Indian journal of veterinary science and animal husbandry - Volumes 18-21, 1948-1951
Year: 1948
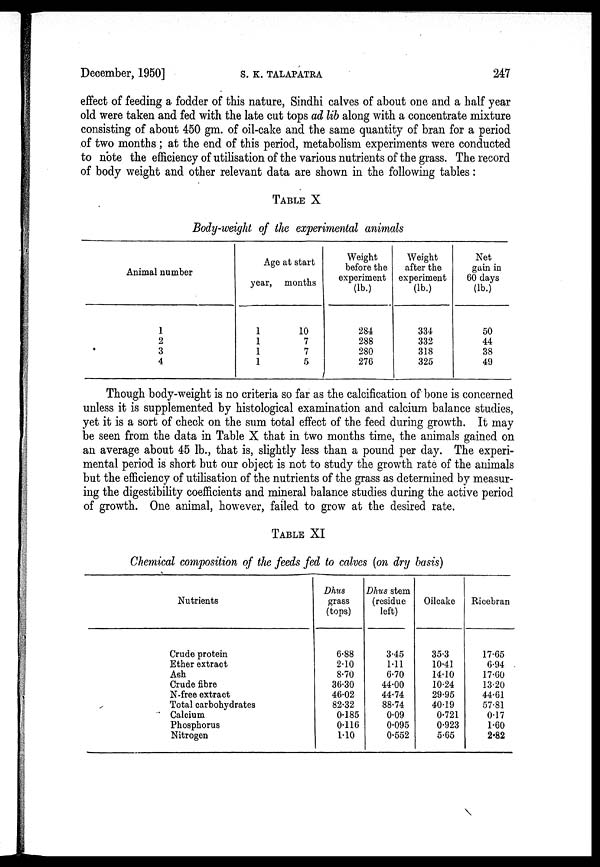
December, 1950]
S.
K.
TALAPATRA
247
effect of feeding a fodder of this nature, Sindhi calves of about one and a half year
old were taken and fed with the late cut tops ad lib along with a concentrate mixture
consisting of about 450 gm. of oil-cake and the same quantity of bran for a period
of two months ; at the end of this period, metabolism experiments were conducted
to note the efficiency of utilisation of the various nutrients of the grass. The record
of body weight and other relevant data are shown in the following tables :
TABLE X
Body-weight of the experimental animals
Animal number
1
2
3
4
Age at start
year,
1
1
1
1
months
10
7
7
5
Weight
before the
experiment
(lb.)
284
288
280
276
Weight
after the
experiment
(lb.)
334
332
318
325
Net
gain in
60 days
(lb.)
50
44
38
49
Though body-weight is no criteria so far as the calcification of bone is concerned
unless it is supplemented by histological examination and calcium balance studies,
yet it is a sort of check on the sum total effect of the feed during growth. It may
be seen from the data in Table X that in two months time, the animals gained on
an average about 45 lb., that is, slightly less than a pound per day. The experi-
mental period is short but our object is not to study the growth rate of the animals
but the efficiency of utilisation of the nutrients of the grass as determined by measur-
ing the digestibility coefficients and mineral balance studies during the active period
of growth. One animal, however, failed to grow at the desired rate.
TABLE XI
Chemical composition of the feeds fed to calves (on dry basis)
Nutrients
Crude protein
Ether extract
Ash
Crude fibre
N-free extract
Total carbohydrates
Calcium
Phosphorus
Nitrogen
Dhus
grass
(tops)
6.88
2.10
8.70
36.30
46.02
82.32
0.185
0.116
1.10
Dhus stem
(residue
left)
3.45
1.11
6.70
44.00
44.74
88.74
0.09
0.095
0.552
Oilcake
35.3
10.41
14.10
10.24
29.95
40.19
0.721
0.923
5.65
Ricebran
17.65
6.94
17.60
13.20
44.61
57.81
0.17
1.60
2.82